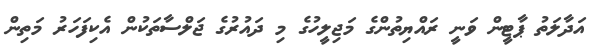
އަދާލަތު ޕާޓީން ވަނީ ރައްޔިތުންގެ މަޖިލީހުގެ މި ދައުރުގެ ޖަލްސާތަކުން އެކިފަހަރު މަތިން